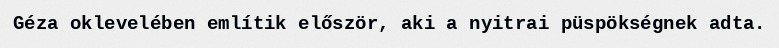
Géza oklevelében említik először, aki a nyitrai püspökségnek adta.